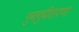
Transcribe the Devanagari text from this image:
गुबगुबीतपणा